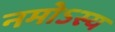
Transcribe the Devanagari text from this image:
नमोऽस्य